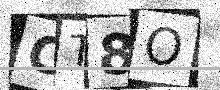
Text: CT8O